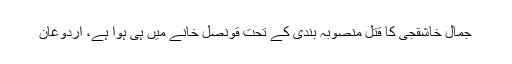
جمال خاشقجی کا قتل منصوبہ بندی کے تحت قونصل خانے میں ہی ہوا ہے، اردوغان